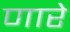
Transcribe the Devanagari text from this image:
णारे